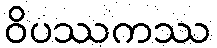
ဝိပဿကဿ